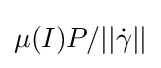
\mu (I)P/||{\dot {\gamma }}||